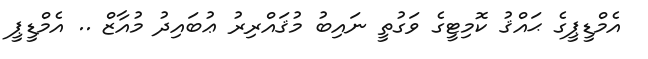
އެމްޑީޕީގެ ޙައްޤު ކޮމިޓީގެ ވަގުތީ ނައިބު މުޤައްރިރު ޢުބައިދު މުއާޒް .. އެމްޑީޕީ